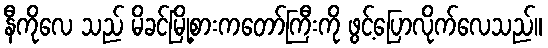
နီကိုလေ သည် မိခင်မြို့စားကတော်ကြီးကို ဖွင့်ပြောလိုက်လေသည်။